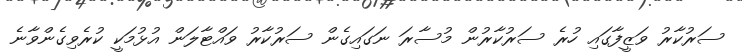
ސަރުކާރު ވަޒީފާގައި ހުރެ ސަރުކާރުން މުސާރަ ނަގައިގެން ސަރުކާރު ވައްޓާލަން އުޅުމަކީ ކުރެވިގެންވާނެ